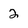
Character: 2